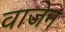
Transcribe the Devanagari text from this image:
वाजेन